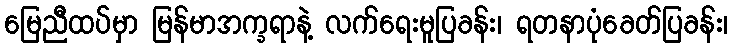
မြေညီထပ်မှာ မြန်မာအက္ခရာနဲ့ လက်ရေးမူပြခန်း၊ ရတနာပုံခေတ်ပြခန်း၊